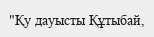
"Қу дауысты Құтыбай,